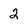
Character: 2